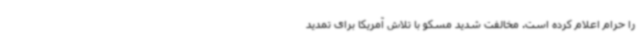
را حرام اعلام کرده است. مخالفت شدید مسکو با تلاش آمریکا برای تمدید